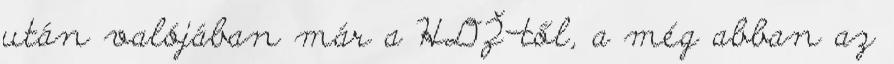
után valójában már a HDŽ-től, a még abban az